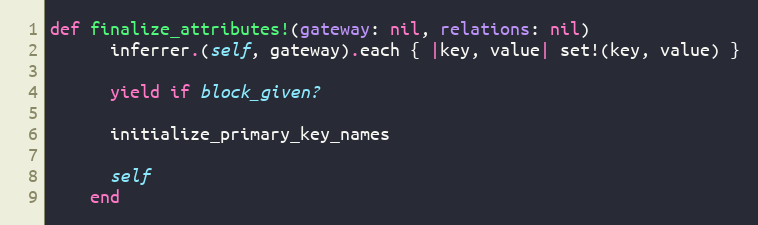
Language: Ruby
def finalize_attributes!(gateway: nil, relations: nil)
      inferrer.(self, gateway).each { |key, value| set!(key, value) }

      yield if block_given?

      initialize_primary_key_names

      self
    end